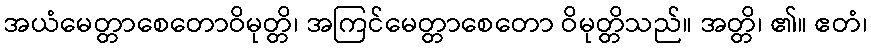
အယံမေတ္တာစေတောဝိမုတ္တိ၊ အကြင်မေတ္တာစေတော ဝိမုတ္တိသည်။ အတ္တိ၊ ၏။ ဧတံ၊